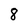
Character: 8